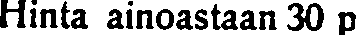
Hinta ainoastaan 30 p.